Some observations on the morphology and mechanism of the parts in the orthorrapha - Number 58
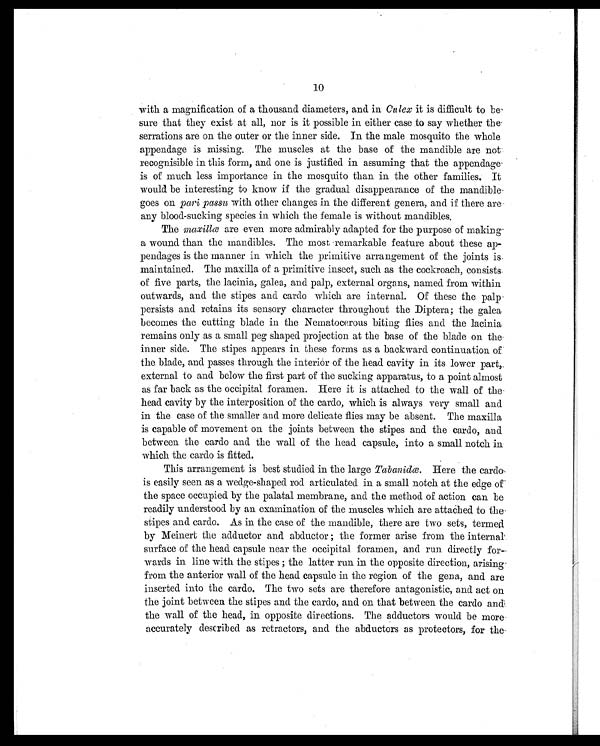
10
with a magnification of a thousand diameters, and in Culex it is difficult to be
sure that they exist at all, nor is it possible in either case to say whether the
serrations are on the outer or the inner side. In the male mosquito the whole
appendage is missing. The muscles at the base of the mandible are not
recognisible in this form, and one is justified in assuming that the appendage
is of much less importance in the mosquito than in the other families. It
would be interesting to know if the gradual disappearance of the mandible
goes on pari passu with other changes in the different genera, and if there are
any blood-sucking species in which the female is without mandibles.
The maxillæ are even more admirably adapted for the purpose of making
a wound than the mandibles. The most remarkable feature about these ap-
pendages is the manner in which the primitive arrangement of the joints is.
maintained. The maxilla of a primitive insect, such as the cockroach, consists
of five parts, the lacinia, galea, and palp, external organs, named from within
outwards, and the stipes and cardo which are internal. Of these the palp
persists and retains its sensory character throughout the Diptera; the galea
becomes the cutting blade in the Nematocerous biting flies and the lacinia
remains only as a small peg shaped projection at the base of the blade on the
inner side. The stipes appears in. these forms as a backward continuation of
the blade, and passes through the interior of the head cavity in its lower part,.
external to and below the first part of the sucking apparatus, to a point almost
as far back as the occipital foramen. Here it is attached to the wall of the-
head cavity by the interposition of the cardo, which is always very small and
in the case of the smaller and more delicate flies may be absent. The maxilla
is capable of movement on the joints between the stipes and the cardo, and
between the cardo and the wall of the head capsule, into a small notch in
which the cardo is fitted.
This arrangement is best studied in the large Tabanidæ. Here the card°,
is easily seen as a wedge-shaped rod articulated in a small notch at the edge of
the space occupied by the palatal membrane, and the method of action can be
readily understood by an examination of the muscles which are attached to the
stipes and cardo. As in the case of the mandible, there are two sets, termed.
by Meinert the adductor and abductor ; the former arise from the internal
surface of the head capsule near the occipital foramen, and run directly for-
wards in line with the stipes ; the latter run in the opposite direction, arising-
from the anterior wall of the head capsule in the region of the gena, and are
inserted into the cardo. The two sets are therefore antagonistic, and act on
the joint between the stipes and the cardo, and on that between the cardo and
the wall of the head, in opposite directions. The adductors would be more
accurately described as retractors, and the abductors as protectors, for the